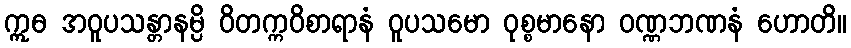
ဣဓ အဝူပသန္တာနမ္ပိ ဝိတက္ကဝိစာရာနံ ဝူပသမော ဝုစ္စမာနော ဝဏ္ဏဘဏနံ ဟောတိ။